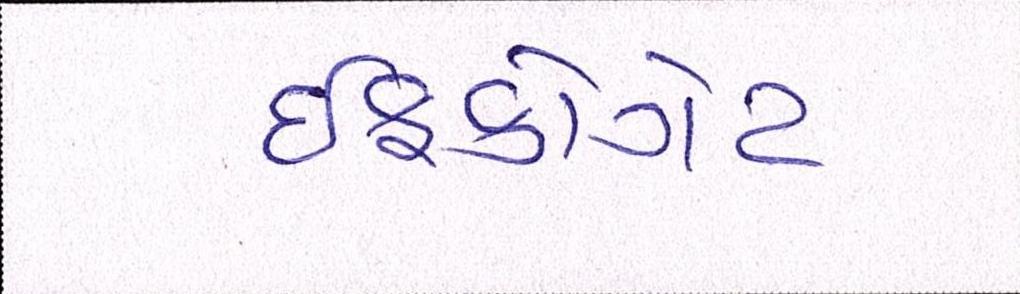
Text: ઈફકોગેટ